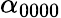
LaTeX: \alpha_{0000}